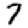
Digit: 7